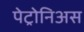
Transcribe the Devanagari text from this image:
पेट्रोनिअस